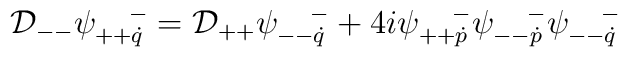
{\cal D}_{--} \psi^{~~~-}_{++\dot q} ={\cal D}_{++} \psi^{~~~-}_{--\dot q} + 4i\psi^{~~~-}_{++\dot p} \psi^{~~~-}_{--\dot p} \psi^{~~~-}_{--\dot q}